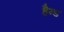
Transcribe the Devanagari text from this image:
हैन्ड